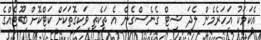
އެކަމަކު އަހަރެމެން ލެދަ ޝީޓް ގެނެސްގެން އެ ތަކެތި ވަކިގޮތަކަށް ކަޓްކޮށް ބޫޓެއްގެ